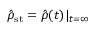
{ \hat { \rho } } _ { \mathrm { s t } } = { \hat { \rho } } ( t ) | _ { t = \infty }